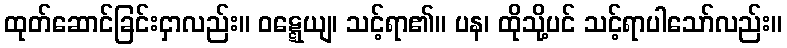
ထုတ်ဆောင်ခြင်းငှာလည်း။ ဝဋ္ဋေယျ၊ သင့်ရာ၏။ ပန၊ ထိုသို့ပင် သင့်ရာပါသော်လည်း။